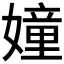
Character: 𮱘